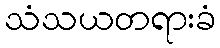
သံသယတရားခံ